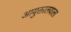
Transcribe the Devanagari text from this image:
आयुक्तालयाला